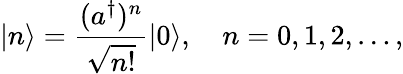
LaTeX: |n\rangle={\frac{(a^{\dagger})^{n}}{\sqrt{n!}}}|0\rangle,\quad n=0,1,2,\ldots,